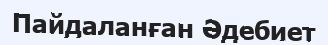
Пайдаланған Әдебиет